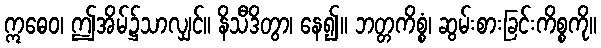
ဣဓေဝ၊ ဤအိမ်၌သာလျှင်။ နိသီဒိတွာ၊ နေ၍။ ဘတ္တကိစ္စံ၊ ဆွမ်းစားခြင်းကိစ္စကို။